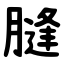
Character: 膖